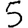
Digit: 5